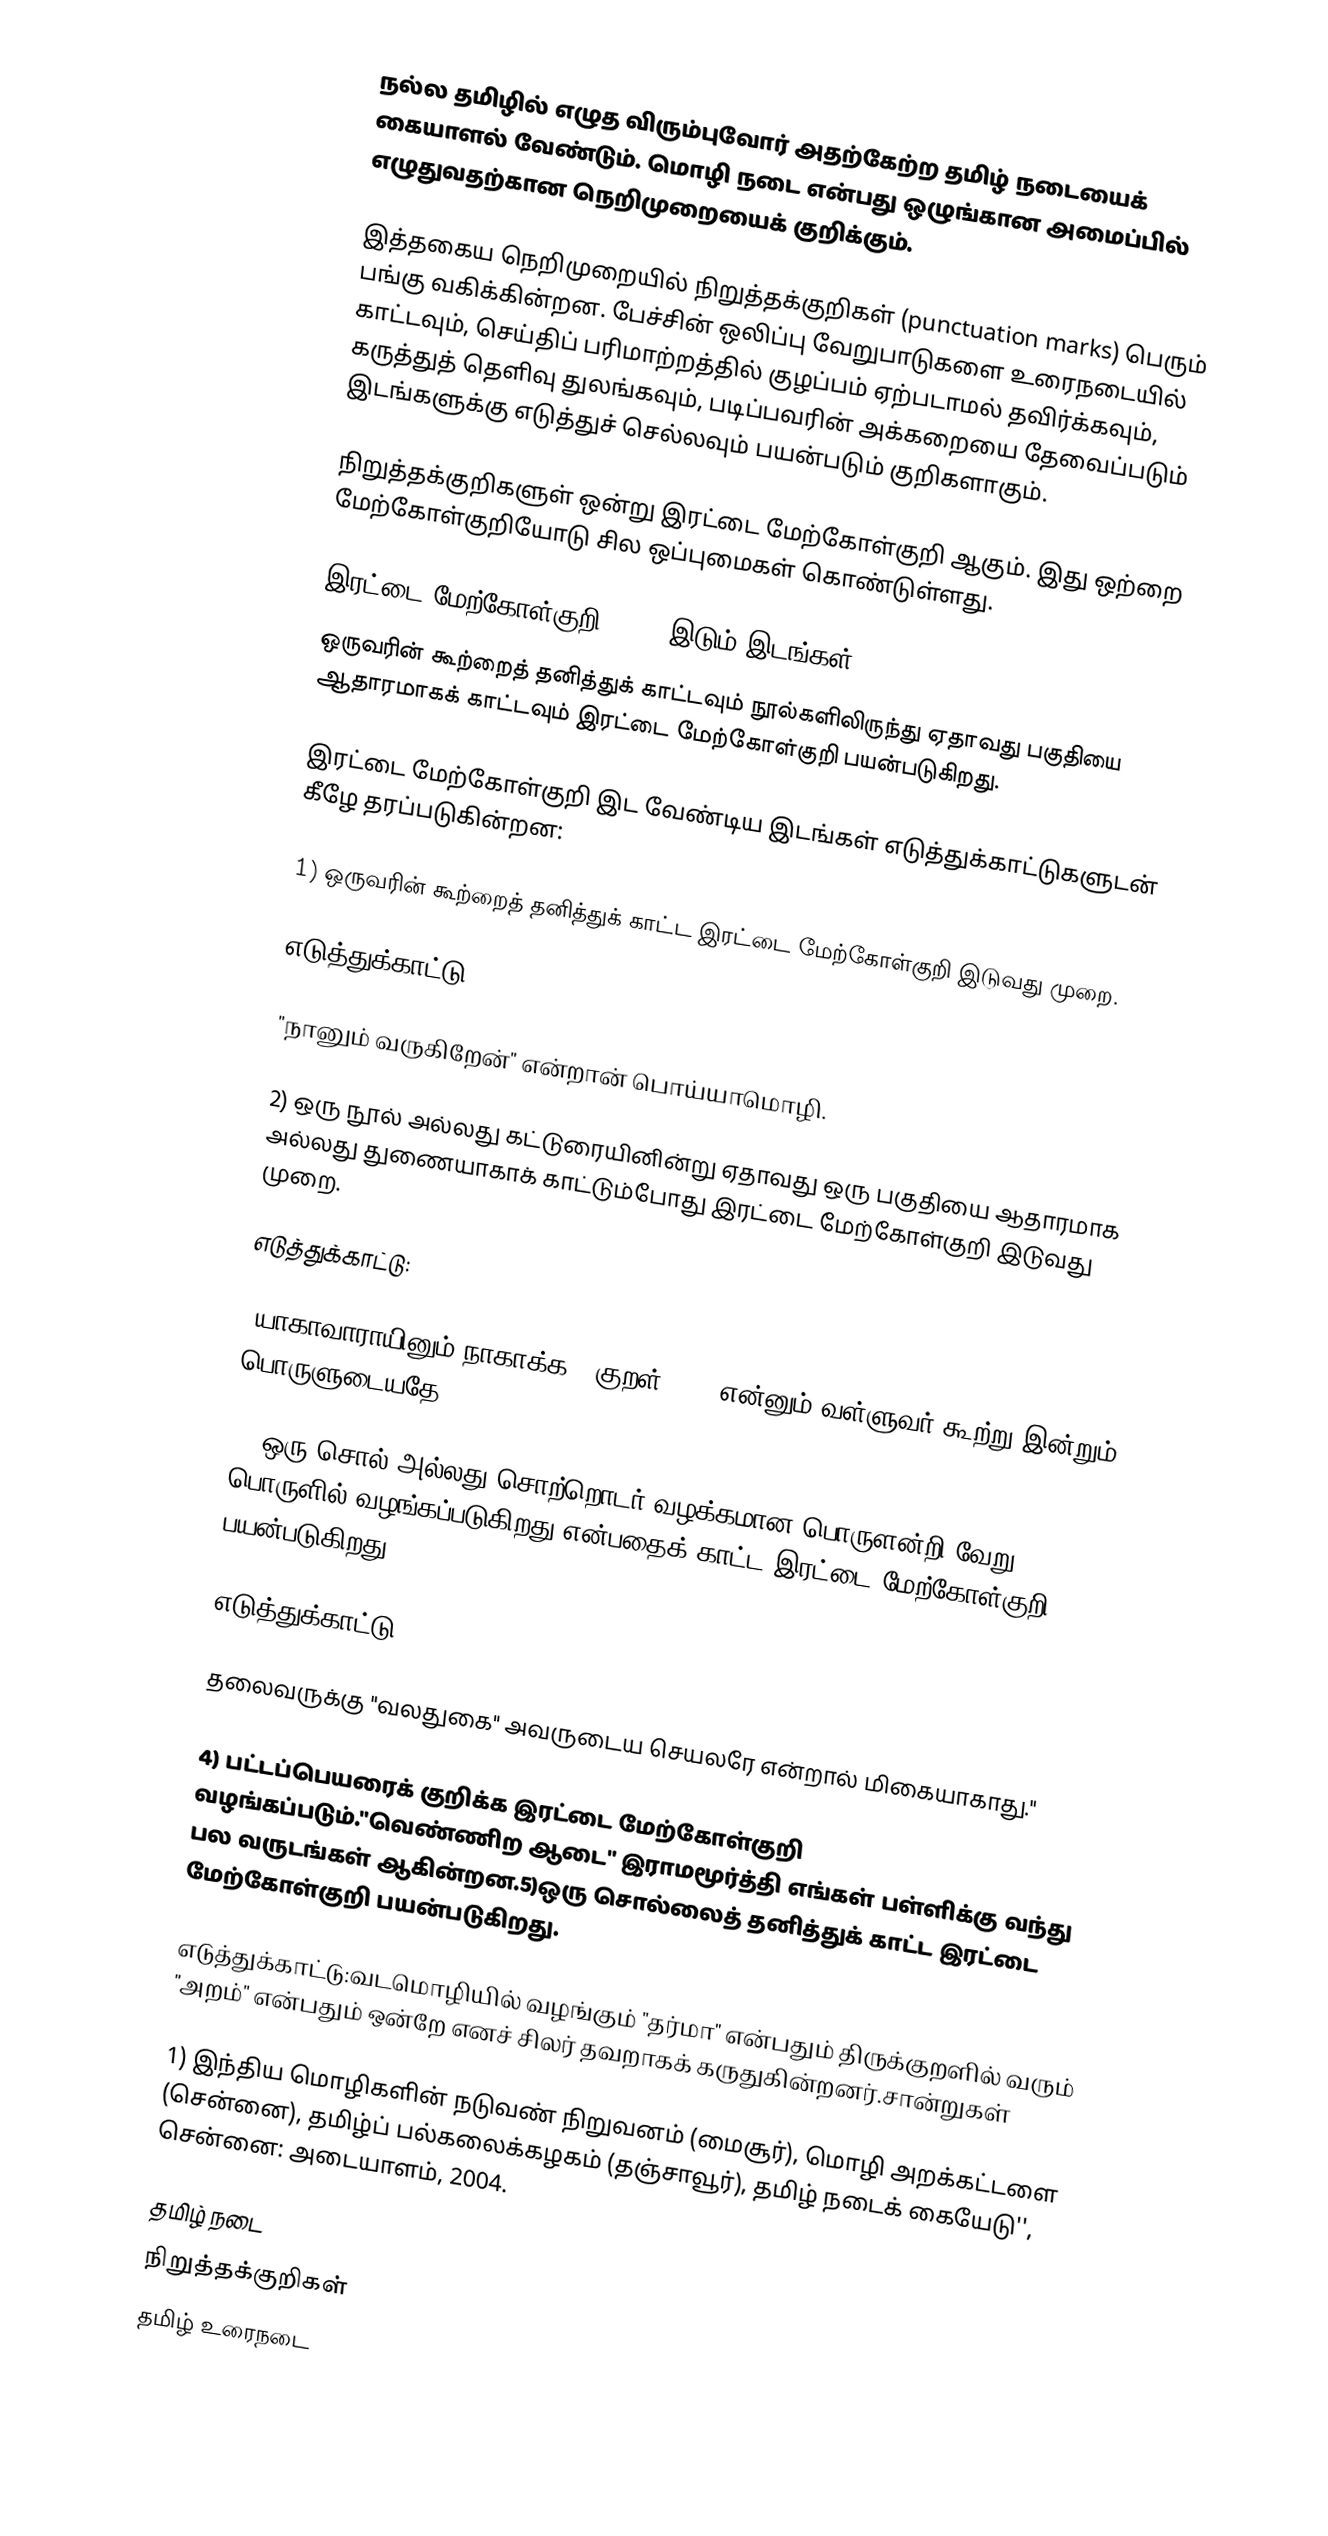
நல்ல தமிழில் எழுத விரும்புவோர் அதற்கேற்ற தமிழ் நடையைக் கையாளல் வேண்டும். மொழி நடை என்பது ஒழுங்கான அமைப்பில் எழுதுவதற்கான நெறிமுறையைக் குறிக்கும்.

இத்தகைய நெறிமுறையில்  நிறுத்தக்குறிகள் (punctuation marks) பெரும் பங்கு வகிக்கின்றன. பேச்சின் ஒலிப்பு வேறுபாடுகளை உரைநடையில் காட்டவும், செய்திப் பரிமாற்றத்தில் குழப்பம் ஏற்படாமல் தவிர்க்கவும், கருத்துத் தெளிவு துலங்கவும், படிப்பவரின் அக்கறையை தேவைப்படும் இடங்களுக்கு எடுத்துச் செல்லவும் பயன்படும் குறிகளாகும்.

நிறுத்தக்குறிகளுள் ஒன்று இரட்டை மேற்கோள்குறி ஆகும். இது ஒற்றை மேற்கோள்குறியோடு சில ஒப்புமைகள் கொண்டுள்ளது.

இரட்டை மேற்கோள்குறி (" ") இடும் இடங்கள்
ஒருவரின் கூற்றைத் தனித்துக் காட்டவும் நூல்களிலிருந்து ஏதாவது பகுதியை ஆதாரமாகக் காட்டவும் இரட்டை மேற்கோள்குறி பயன்படுகிறது.

இரட்டை மேற்கோள்குறி இட வேண்டிய இடங்கள் எடுத்துக்காட்டுகளுடன் கீழே தரப்படுகின்றன:

1) ஒருவரின் கூற்றைத் தனித்துக் காட்ட இரட்டை மேற்கோள்குறி இடுவது முறை.

எடுத்துக்காட்டு:

"நானும் வருகிறேன்" என்றான் பொய்யாமொழி.

2) ஒரு நூல் அல்லது கட்டுரையினின்று ஏதாவது ஒரு பகுதியை ஆதாரமாக அல்லது துணையாகாக் காட்டும்போது இரட்டை மேற்கோள்குறி இடுவது முறை.

எடுத்துக்காட்டு:

"யாகாவாராயினும் நாகாக்க" (குறள் 127) என்னும் வள்ளுவர் கூற்று இன்றும் பொருளுடையதே.

3) ஒரு சொல் அல்லது சொற்றொடர் வழக்கமான பொருளன்றி வேறு பொருளில் வழங்கப்படுகிறது என்பதைக் காட்ட இரட்டை மேற்கோள்குறி பயன்படுகிறது.

எடுத்துக்காட்டு:

தலைவருக்கு "வலதுகை" அவருடைய செயலரே என்றால் மிகையாகாது."

4) பட்டப்பெயரைக் குறிக்க இரட்டை மேற்கோள்குறி வழங்கப்படும்."வெண்ணிற ஆடை" இராமமூர்த்தி எங்கள் பள்ளிக்கு வந்து பல வருடங்கள் ஆகின்றன.5)ஒரு சொல்லைத் தனித்துக் காட்ட இரட்டை மேற்கோள்குறி பயன்படுகிறது.

எடுத்துக்காட்டு:வடமொழியில் வழங்கும் "தர்மா" என்பதும் திருக்குறளில் வரும் "அறம்" என்பதும் ஒன்றே எனச் சிலர் தவறாகக் கருதுகின்றனர்.சான்றுகள்

1) இந்திய மொழிகளின் நடுவண் நிறுவனம் (மைசூர்), மொழி அறக்கட்டளை (சென்னை), தமிழ்ப் பல்கலைக்கழகம் (தஞ்சாவூர்), தமிழ் நடைக் கையேடு'', சென்னை: அடையாளம், 2004.

தமிழ் நடை
நிறுத்தக்குறிகள்
தமிழ் உரைநடை